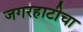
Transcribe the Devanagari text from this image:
जगरहाटीचा